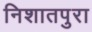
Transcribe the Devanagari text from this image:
निशातपुरा